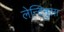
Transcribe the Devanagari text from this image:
लेन्टिनुला